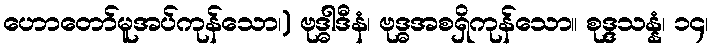
ဟောတော်မူအပ်ကုန်သော၊) ဗုဒ္ဓါဒီနံ၊ ဗုဒ္ဓအစရှိကုန်သော။ စုဒ္ဒသန္နံ၊ ၁၄၊